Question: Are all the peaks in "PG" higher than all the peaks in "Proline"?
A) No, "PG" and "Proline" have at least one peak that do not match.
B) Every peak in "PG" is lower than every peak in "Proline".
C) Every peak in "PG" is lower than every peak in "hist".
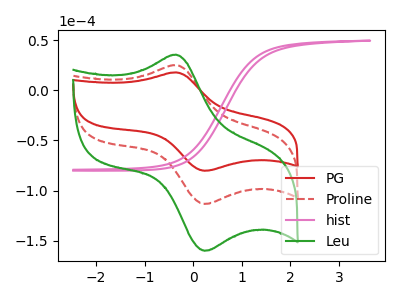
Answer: <think>The red curve "PG" has an anodic peak at (-0.35V, 17.80uA) and a cathodic peak at (0.25V, -80.30uA). The red dashed curve "Proline" has an anodic peak at (-0.35V, 25.15uA) and a cathodic peak at (0.25V, -113.35uA). The pink curve "hist" has no peaks. The green curve "Leu" has an anodic peak at (-0.35V, 50.30uA) and a cathodic peak at (0.25V, -226.75uA).</think>
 <answer>B) Every peak in "PG" is lower than every peak in "Proline".</answer>
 <eval>B</eval>